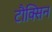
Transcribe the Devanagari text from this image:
टौक्सिन